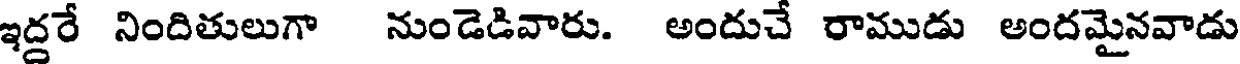
ఇద్దరే నిందితులుగా నుండెడివారు. అందుచే రాముడు అందమైనవాడు